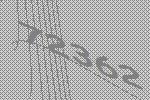
72362